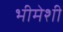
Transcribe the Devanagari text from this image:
भीमेशी